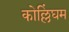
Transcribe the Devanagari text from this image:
कोल्लिंघम